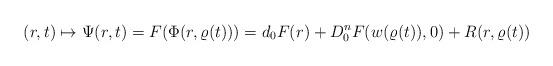
LaTeX: \begin{align*}(r,t)\mapsto \Psi(r,t)= F( \Phi (r,\varrho(t)))= d_0 F(r) + D_0^n F (w(\varrho(t)),0) +R(r,\varrho(t))\end{align*}